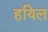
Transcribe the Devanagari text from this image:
हयिल